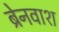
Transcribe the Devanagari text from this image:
ब्रेनवाश